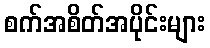
စက်အစိတ်အပိုင်းများ